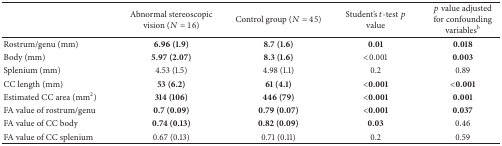
|  | Abnormal stereoscopic vision (N = 16) | Control group (N = 45) | Student's t-test p value | p value adjusted for confounding variablesb |
 | --- | --- | --- | --- | --- |
 | Rostrum/genu (mm) | 6.96 (1.9) | 8.7 (1.6) | 0.01 | 0.018 |
 | Body (mm) | 5.97 (2.07) | 8.3 (1.6) | <0.001 | 0.003 |
 | Splenium (mm) | 4.53 (1.5) | 4.98 (1.1) | 0.2 | 0.89 |
 | CC length (mm) | 53 (6.2) | 61 (4.1) | <0.001 | <0.001 |
 | Estimated CC area (mm2) | 314 (106) | 446 (79) | <0.001 | 0.001 |
 | FA value of rostrum/genu | 0.7 (0.09) | 0.79 (0.07) | <0.001 | 0.037 |
 | FA value of CC body | 0.74 (0.13) | 0.82 (0.09) | 0.03 | 0.46 |
 | FA value of CC splenium | 0.67 (0.13) | 0.71 (0.11) | 0.2 | 0.59 |